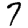
Digit: 7